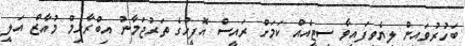
ބަހުރުވައިން ލިޔެވިފައިވާ ސިޓީއެއް ކަމަށް ރައީސް އޮފީހުގެ ތަރުޖަމާނު އިބްރާހިމް މުއާޒް އަލީ